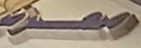
معرض